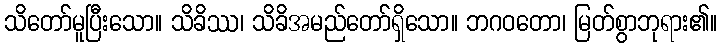
သိတော်မူပြီးသော။ သိခိဿ၊ သိခိအမည်တော်ရှိသော။ ဘဂဝတော၊ မြတ်စွာဘုရား၏။